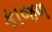
કાજળ